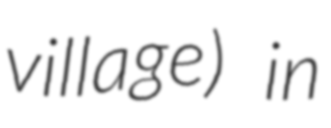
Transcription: village) in